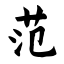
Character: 范